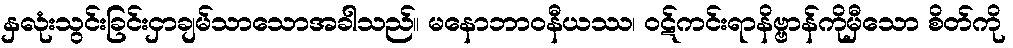
နှလုံးသွင်းခြင်းငှာချမ်သာသောအခါသည်။ မနောဘာဝနီယဿ၊ ဝဋ်ကင်းရာနိဗ္ဗာန်ကိုမှီသော စိတ်ကို